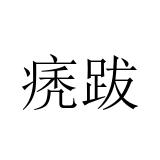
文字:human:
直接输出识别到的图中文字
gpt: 痜跋